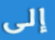
إلى